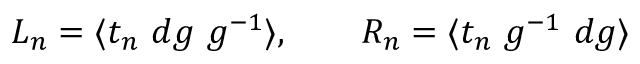
L _ { n } = \langle t _ { n } ~ d g ~ g ^ { - 1 } \rangle , ~ ~ ~ ~ ~ ~ R _ { n } = \langle t _ { n } ~ g ^ { - 1 } ~ d g \rangle